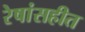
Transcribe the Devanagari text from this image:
रेषांसहीत